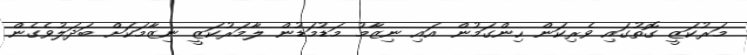
މަރުކަޒީ ގޮތުގައި ވެރިކަން ހިންގަމުން އައި ނިޒާމު މަޑުމަޑުން ލާމަރުކަޒީ ނިޒާމަކަށް ބަދަލުވެގެން